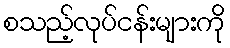
စသည့်လုပ်ငန်းများကို